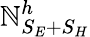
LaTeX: \mathbb{N}_{S_{E}+S_{H}}^{h}